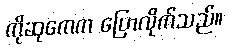
ကိုဆုကေက ပြောလိုက်သည်။